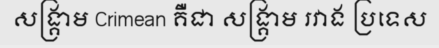
សង្គ្រាម Crimean គឺជា សង្គ្រាម រវាង ប្រទេស